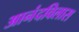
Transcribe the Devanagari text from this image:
आनंदविलास